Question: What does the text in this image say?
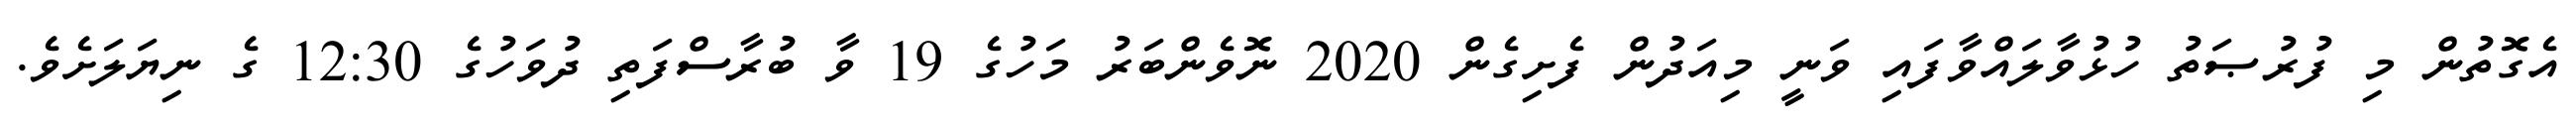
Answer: އެގޮތުން މި ފުރުޞަތު ހުޅުވާލައްވާފައި ވަނީ މިއަދުން ފެށިގެން 2020 ނޮވެންބަރު މަހުގެ 19 ވާ ބުރާސްފަތި ދުވަހުގެ 12:30 ގެ ނިޔަލަށެވެ.